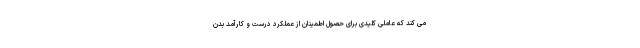
می کند که عاملی کلیدی برای حصول اطمینان از عملکرد درست و کارآمد بدن